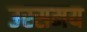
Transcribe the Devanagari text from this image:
उस्समय